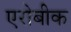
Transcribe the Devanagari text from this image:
एरोबीक